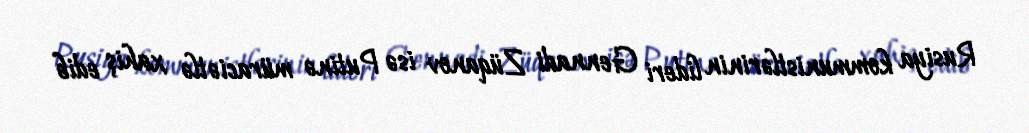
Rusiya kommunistlərinin lideri Gennadi Züqanov isə Putinə müraciətlə xahiş edib